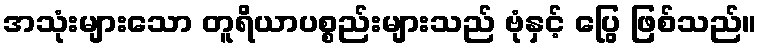
အသုံးများသော တူရိယာပစ္စည်းများသည် ဗုံနှင့် ပြွေ ဖြစ်သည်။